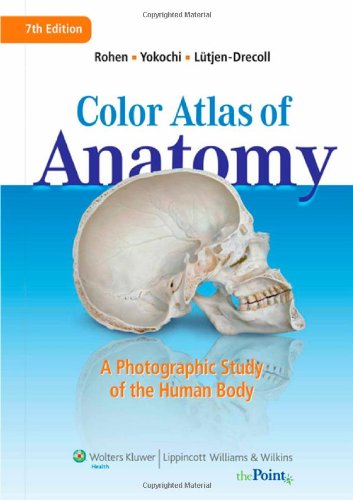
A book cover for Color Atlas of Anatomy: A Photographic Study of the Human Body; Johannes W. Rohen MD; Medical Books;